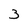
Character: 3